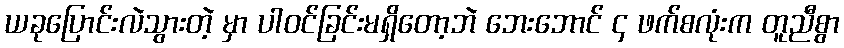
ယခုပြောင်းလဲသွားတဲ့ မှာ ပါဝင်ခြင်းမရှိတော့ဘဲ ဘေးဘောင် ၄ ဖက်စလုံးက တူညီစွာ